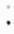
: